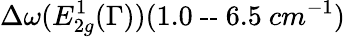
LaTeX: \Delta\omega(E_{2g}^{1}(\Gamma))(1.0\ \textrm{--}\ 6.5\ cm^{-1})